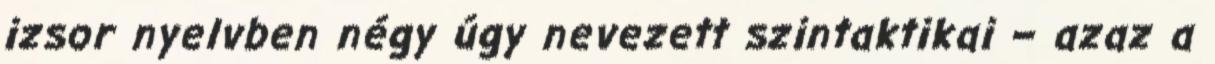
izsor nyelvben négy úgy nevezett szintaktikai – azaz a